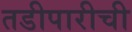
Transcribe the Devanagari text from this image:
तडीपारीची